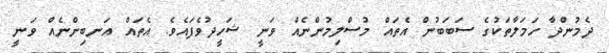
ދެމުންދާ ހަމަލާތަކުގެ ސަބަބުން އެތައް މުސްލިމުންނެއް ވަނީ ޝަހީދުވެފައެވެ. އެތައް އަނބިންނެއް ވަނީ